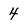
Character: 4